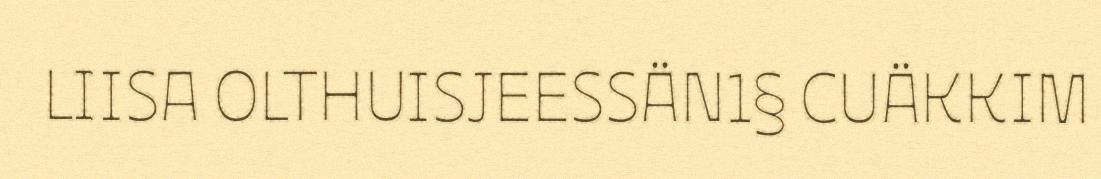
LIISA OLTHUISJEESSÄN1§ CUÄKKIM